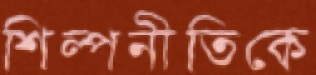
শিল্পনীতিকে